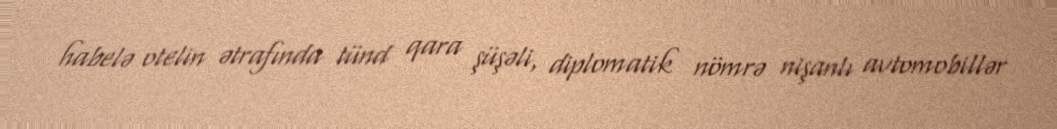
habelə otelin ətrafında tünd qara şüşəli, diplomatik nömrə nişanlı avtomobillər